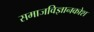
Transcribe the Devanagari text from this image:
समाजविज्ञानकोश